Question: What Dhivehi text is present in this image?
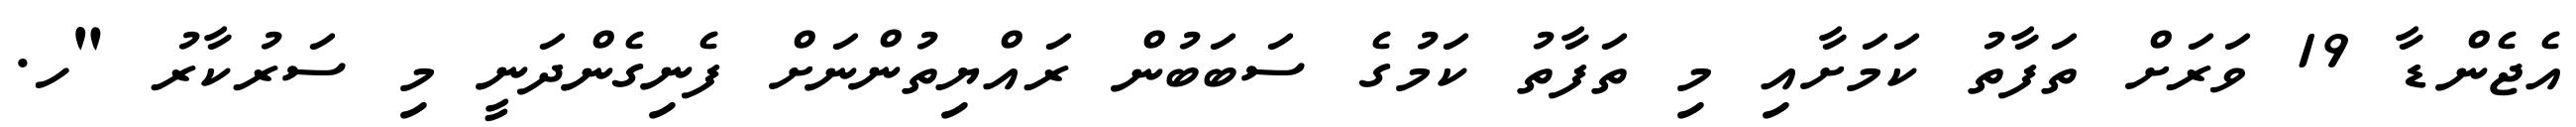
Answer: އެޖެންޑާ 19 ވަރަށް ތަފާތު ކަމަށާއި މި ތަފާތު ކަމުގެ ސަބަބުން ރައްޔިތުންނަށް ފެނިގެންދަނީ މި ސަރުކާރު "ހ.